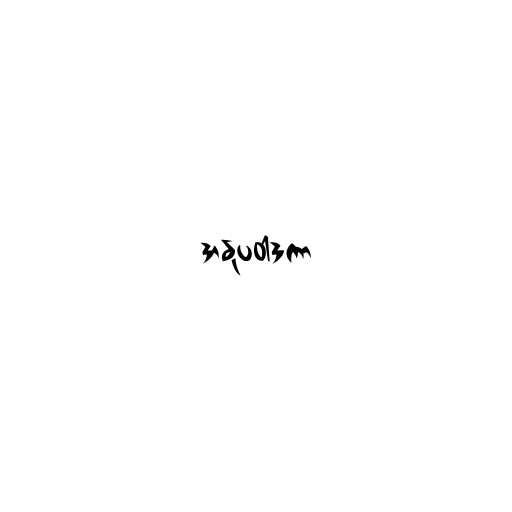
အနုပဝါဒကာ